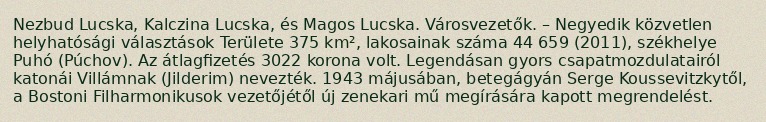
Nezbud Lucska, Kalczina Lucska, és Magos Lucska. Városvezetők. – Negyedik közvetlen helyhatósági választások Területe 375 km², lakosainak száma 44 659 (2011), székhelye Puhó (Púchov). Az átlagfizetés 3022 korona volt. Legendásan gyors csapatmozdulatairól katonái Villámnak (Jilderim) nevezték. 1943 májusában, betegágyán Serge Koussevitzkytől, a Bostoni Filharmonikusok vezetőjétől új zenekari mű megírására kapott megrendelést.